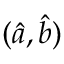
( { \hat { a } } , { \hat { b } } )